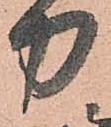
力